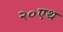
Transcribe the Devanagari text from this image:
२०एथ